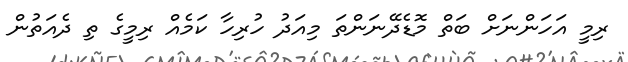
ރިމީ އަހަންނަށް ބަތް މޮޑެދޭނަންތަ މިއަދު ހުރިހާ ކަމެއް ރިމީގެ ތި ދެއަތުން